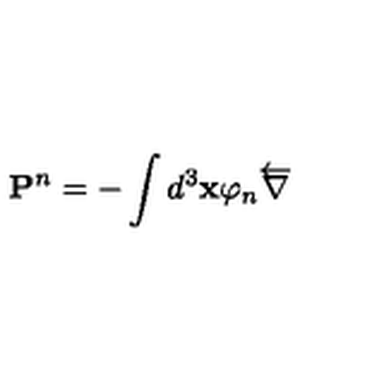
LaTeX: \mathbf { P } ^ { n } = - \int d ^ { 3 } \mathbf { x } \varphi _ { n } \overleftarrow { \nabla }